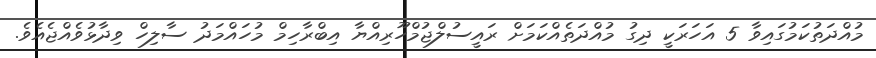
މުއްދަތުކަމުގައިވާ 5 އަހަރަކީ ދިގު މުއްދަތެއްކަމަށް ރައީސުލްޖުމްހޫރިއްޔާ އިބްރާހިމް މުހައްމަދު ސާލިހް ވިދާޅުވެއްޖެއެވެ.